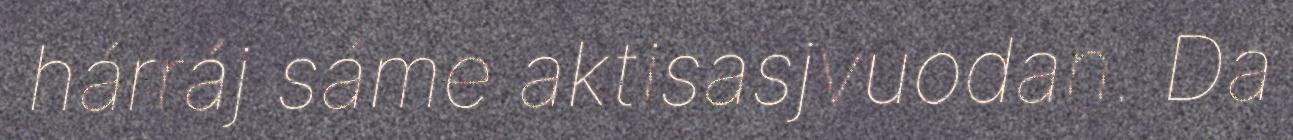
hárráj sáme aktisasjvuodan. Da